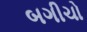
બગીચો